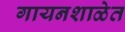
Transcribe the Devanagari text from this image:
गायनशाळेत